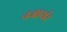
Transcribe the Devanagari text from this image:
नजायरे